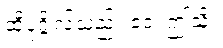
ထိုပုဂ္ဂိုလ်သည်။ ဧဝံ၊ ဤသို့။